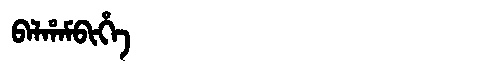
Manchu: ᠪᠠᠯᡥᠠᠮᠪᡳᡥᡝ
Romanization: BALHAMBIHE